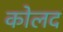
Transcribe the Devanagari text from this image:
कोलद